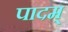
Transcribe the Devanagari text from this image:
पादम्